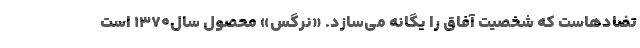
تضادهاست که شخصيت آفاق را يگانه مي‌سازد. «نرگس» محصول سال1370 است